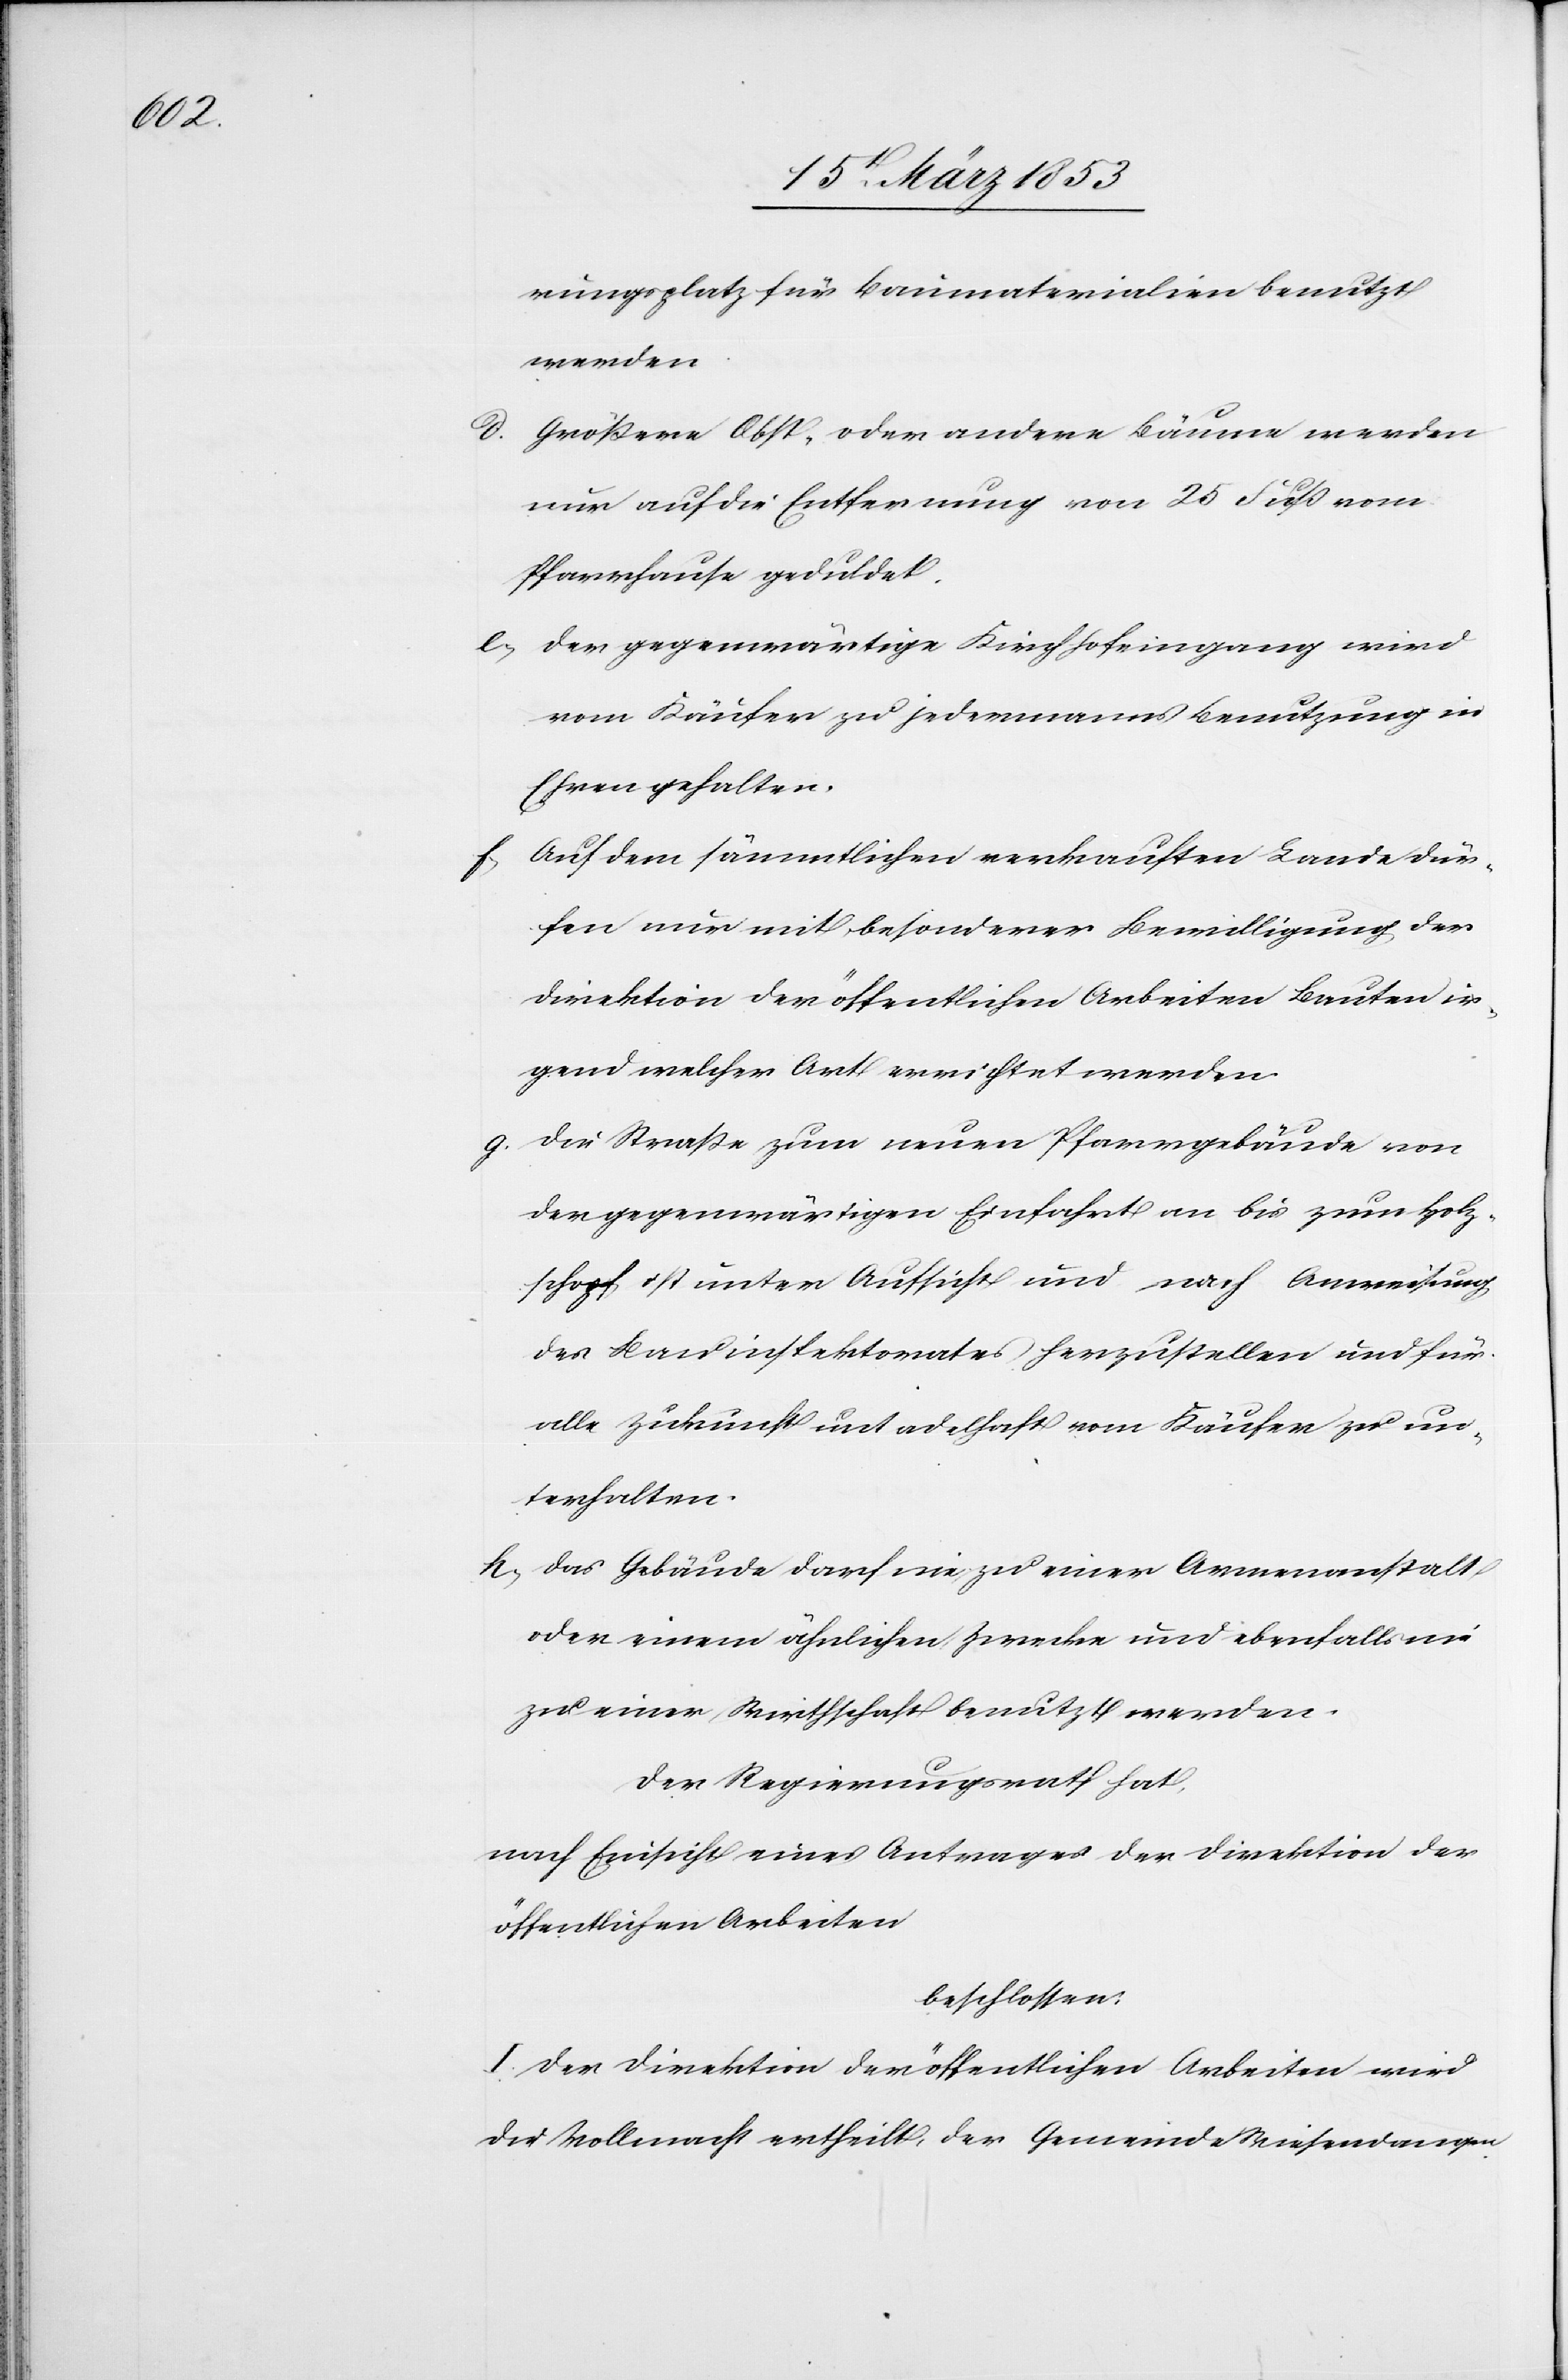
rungsplatz für Baumaterialien benutzt
werden.
d. Größere Obst- oder andere Bäume werden
nur auf die Entfernung von 25 Fuß vom
Pfarrhause geduldet.
e, Der gegenwärtige Kirchhofeingang wird
vom Käufer zu jedermanns Benutzung in
Ehren gehalten.
Auf dem sämmtlichen verkauften Lande dür¬
f.
fen nur mit besonderer Bewilligung der
Direktion der öffentlichen Arbeiten Bauten ir¬
gend welcher Art errichtet werden.
g. Die Straße zum neuen Pfarrgebäude von
der gegenwärtigen Einfahrt an bis zum Holz¬
schopf, ist unter Aufsicht und nach Anweisung
des Bauinspektorates herzustellen und für
alle Zukunft untadelhaft vom Käufer zu un¬
terhalten.
h, Das Gebäude darf nie zu einer Armenanstalt
oder einem ähnlichen Zwecke und ebenfalls nie
zu einer Wirthschaft benutzt werden.
Der Regierungsrath hat,
nach Einsicht eines Antrages der Direktion der
öffentlichen Arbeiten
beschlossen:
I. Der Direktion der öffentlichen Arbeiten wird
die Vollmacht ertheilt der Gemeinde Wiesendangen